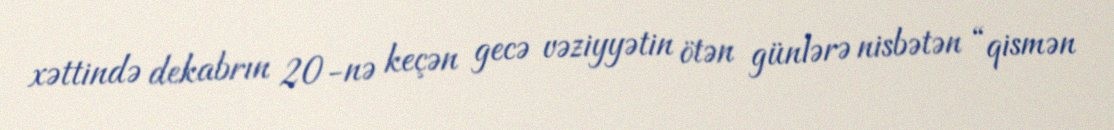
xəttində dekabrın 20-nə keçən gecə vəziyyətin ötən günlərə nisbətən “qismən